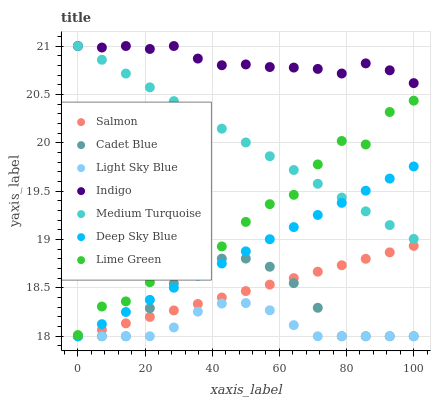
| xaxis_label | Salmon | Cadet Blue | Light Sky Blue | Indigo | Medium Turquoise | Deep Sky Blue | Lime Green |
 | --- | --- | --- | --- | --- | --- | --- | --- |
 | 0 | 18 | 18 | 18 | 21 | 21 | 18 | 18 |
 | 7.14 | 18.1 | 18 | 18 | 21 | 20.9 | 18.1 | 18.3 |
 | 14.3 | 18.1 | 18 | 18 | 21 | 20.7 | 18.3 | 18.4 |
 | 21.4 | 18.2 | 18.3 | 18 | 21 | 20.6 | 18.4 | 18.6 |
 | 28.6 | 18.3 | 18.5 | 18.1 | 21 | 20.4 | 18.5 | 18.7 |
 | 35.7 | 18.3 | 18.7 | 18.3 | 20.9 | 20.3 | 18.6 | 18.9 |
 | 42.9 | 18.4 | 18.8 | 18.3 | 20.8 | 20.1 | 18.8 | 18.9 |
 | 50 | 18.5 | 18.8 | 18.3 | 20.8 | 20 | 18.9 | 19.2 |
 | 57.1 | 18.5 | 18.7 | 18.3 | 20.8 | 19.9 | 19 | 19.4 |
 | 64.3 | 18.6 | 18.5 | 18.1 | 20.8 | 19.7 | 19.1 | 19.5 |
 | 71.4 | 18.7 | 18.3 | 18 | 20.8 | 19.6 | 19.3 | 19.8 |
 | 78.6 | 18.7 | 18 | 18 | 20.7 | 19.4 | 19.4 | 20 |
 | 85.7 | 18.8 | 18 | 18 | 20.8 | 19.3 | 19.5 | 20 |
 | 92.9 | 18.9 | 18 | 18 | 20.7 | 19.1 | 19.6 | 20.3 |
 | 100 | 18.9 | 18 | 18 | 20.6 | 19 | 19.8 | 20.4 |